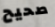
صحيح